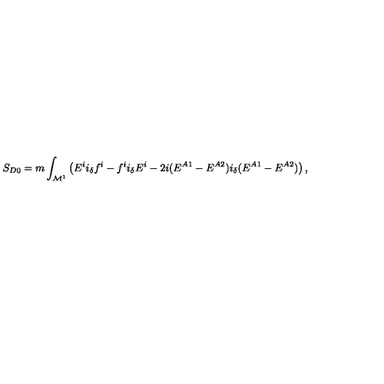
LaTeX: S _ { D 0 } = m \int _ { { \cal M } ^ { 1 } } \left( E ^ { i } i _ { \delta } f ^ { i } - f ^ { i } i _ { \delta } E ^ { i } - 2 i ( E ^ { A 1 } - E ^ { A 2 } ) i _ { \delta } ( E ^ { A 1 } - E ^ { A 2 } ) \right) ,